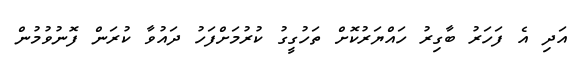
އަދި އެ ފަހަރު ބާގިރު ހައްޔަރުކޮށް ތަހުގީގު ކުރުމަށްފަހު ދައުވާ ކުރަން ފޮނުވުމުން